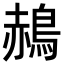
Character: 𪁌